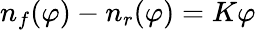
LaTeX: n_{f}(\varphi)-n_{r}(\varphi)=K\varphi